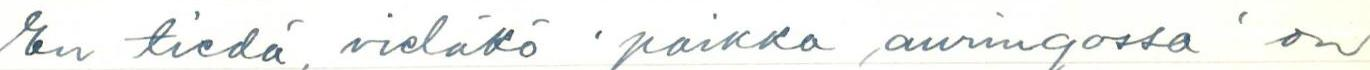
En tiedä vieläkö 'paikka auringossa' on